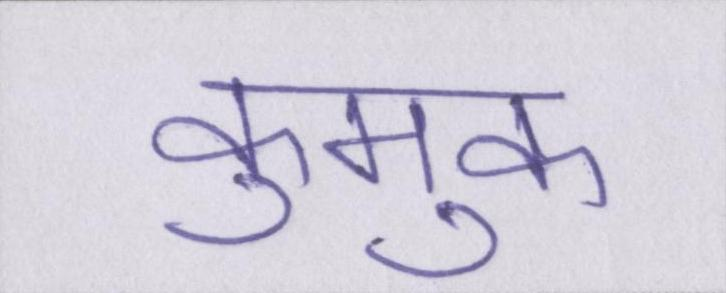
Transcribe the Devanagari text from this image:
कुमुक